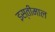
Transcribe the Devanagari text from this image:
इस्तीमाल